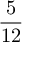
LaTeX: \frac { 5 } { 1 2 }